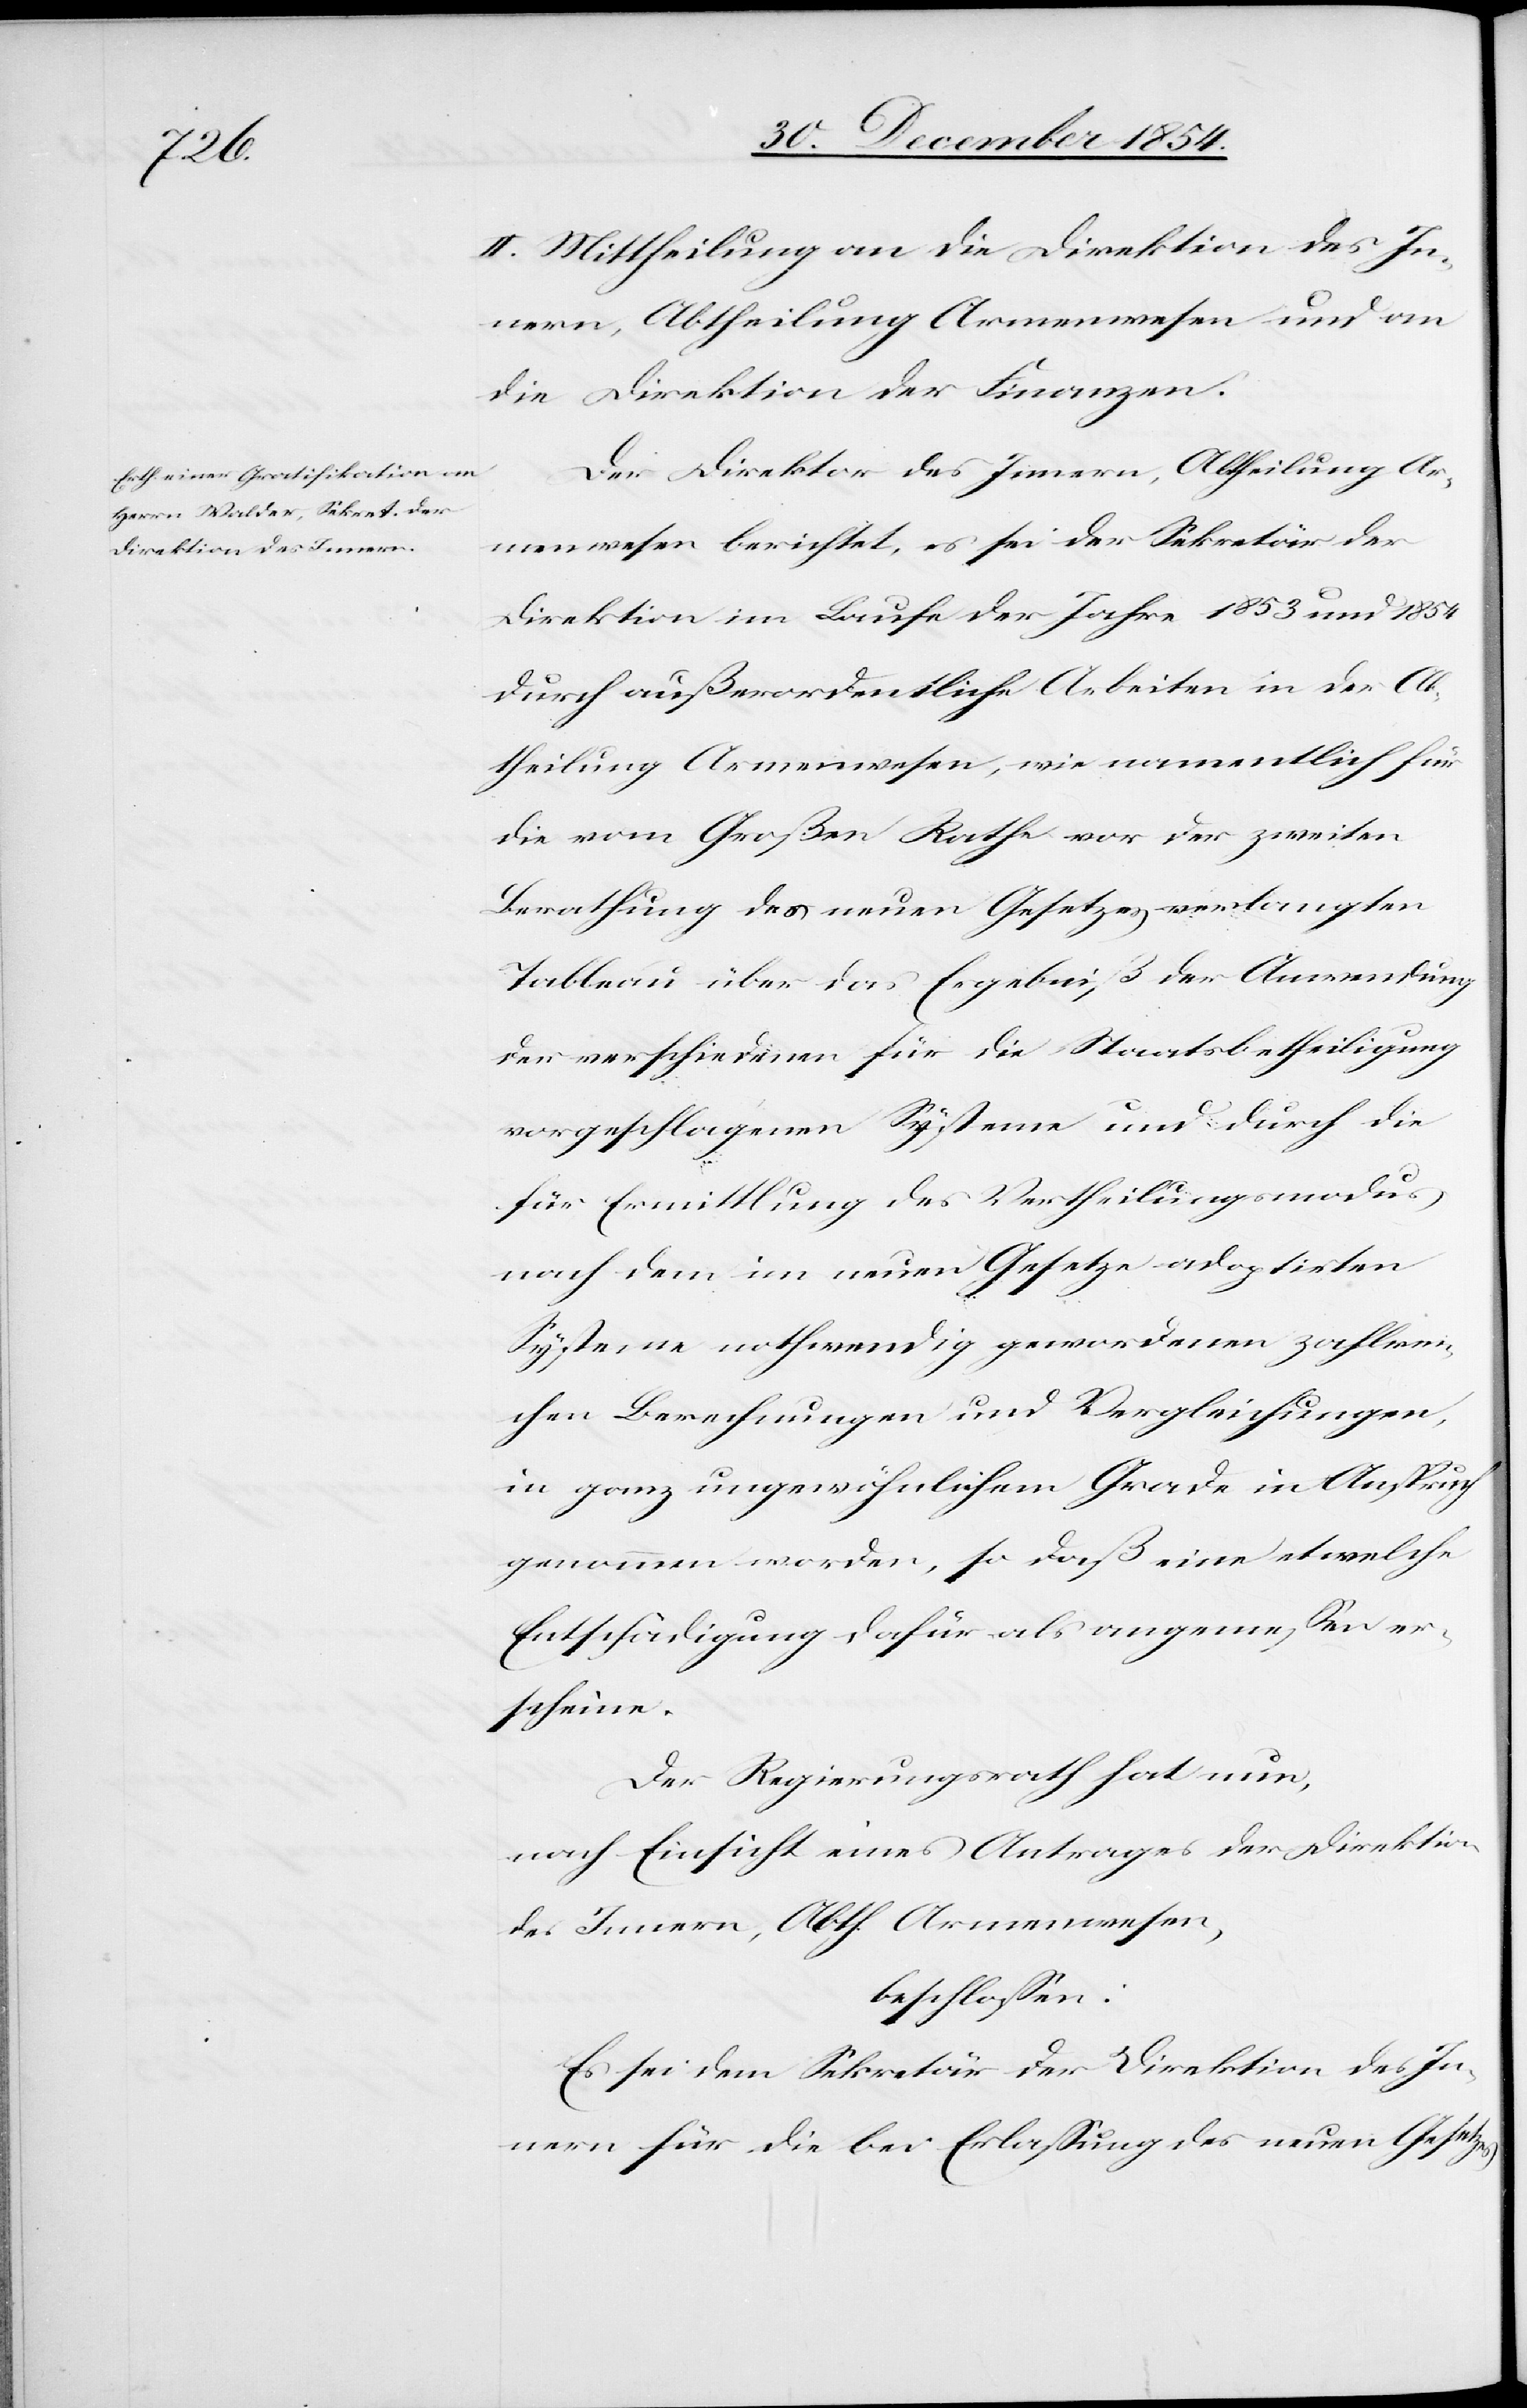
II. Mittheilung an die Direktion des In¬
nern, Abtheilung Armenwesen und an
die Direktion der Finanzen.
Der Direktor des Innern, Abtheilung Ar¬
menwesen berichtet, es sei der Sekretär der
Direktion im Laufe der Jahre 1853 und 1854
durch außerordentliche Arbeiten in der Ab¬
theilung Armenwesen, wie namentlich für
die vom Großen Rathe verlangten Tableau
der verschiedenen für die Staatsbetheiligung
vorgeschlagenen Systeme und durch die
für Ermittlung des Vertheilungsmodus
nach dem im neuen Gesetze adoptirten
Systeme nothwendig gewordenen zahlrei¬
chen Berechnungen und Vergleichungen,
in ganz ungewöhnlichem Grade in Anspruch
genommen worden, so daß eine etwelche
Entschädigung dafür als angemeßen er¬
scheine.
Der Regierungsrath hat nun,
nach Einsicht eines Antrages der Direktion
des Innern, Abth. Armenwesen,
beschloßen:
Es sei dem Sekretär der Direktion des In¬
nern für die bei Erlaßung des neuen Gesetzes